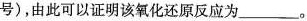
号)，由此可以证明该氧化还原反应为___。